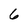
Character: 6